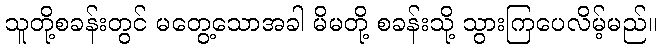
သူတို့စခန်းတွင် မတွေ့သောအခါ မိမတို့ စခန်းသို့ သွားကြပေလိမ့်မည်။